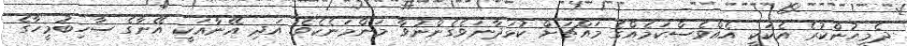
ދެމީހުންކުރެ އެކަކީ އެއްވެސްކަމެއްގެ މައްޗަށް ކުޅަދާނަވެގެންނުވާ މަންމަނެކެވެ. އަދި އޭނާއަކީ އޭނާގެ ސާހިބުމީހާގެ